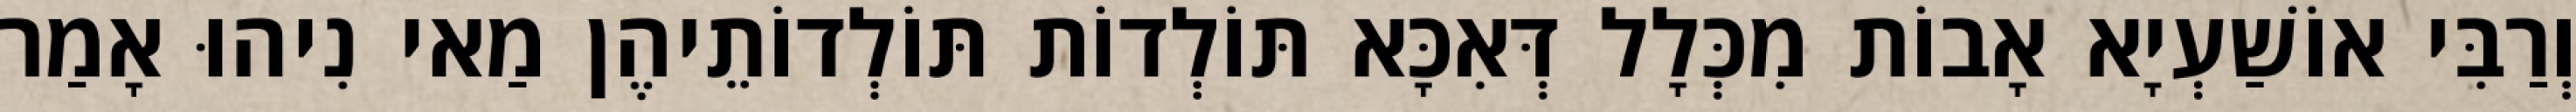
וְרַבִּי אוֹשַׁעְיָא אָבוֹת מִכְּלָל דְּאִכָּא תּוֹלְדוֹת תּוֹלְדוֹתֵיהֶן מַאי נִיהוּ אָמַר